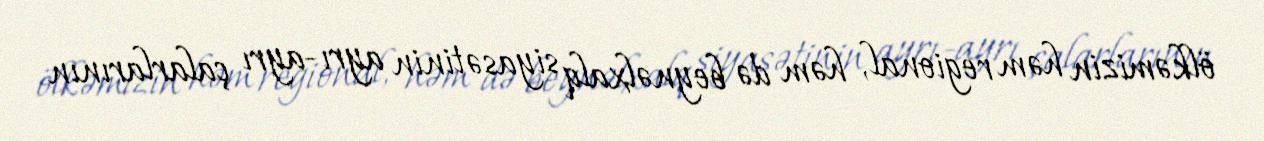
ölkəmizin həm regional, həm də beynəlxalq siyasətinin ayrı-ayrı çalarlarının